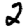
Digit: 2